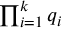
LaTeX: \textstyle \prod _ { i = 1 } ^ { k } q _ { i }